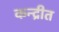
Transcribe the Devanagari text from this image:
कन्द्रीत